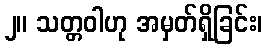
၂။ သတ္တဝါဟု အမှတ်ရှိခြင်း၊